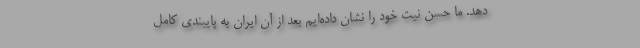
دهد. ما حسن نیت خود را نشان داده‌ایم بعد از آن ایران به پایبندی کامل